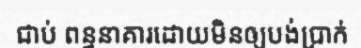
ជាប់ ពន្ធនាគារដោយមិនឲ្យបង់ប្រាក់